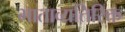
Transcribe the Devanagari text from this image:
भाताव्यतिरिक्त